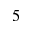
5